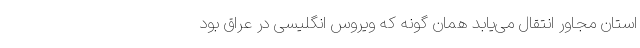
استان مجاور انتقال می‌یابد همان گونه که ویروس انگلیسی در عراق بود